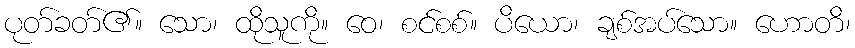
ပုတ်ခတ်၏။ သော၊ ထိုသူကို။ ဝေ၊ စင်စစ်။ ပိယော၊ ချစ်အပ်သော။ ဟောတိ၊